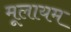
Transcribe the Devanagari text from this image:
मूलायम